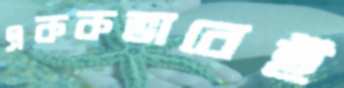
এককভাবেই